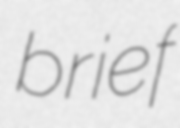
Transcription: brief